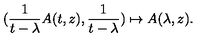
( \frac { 1 } { t - \lambda } A ( t , z ) , \frac { 1 } { t - \lambda } ) \mapsto A ( \lambda , z ) .